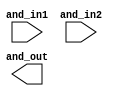
// SPDX-License-Identifier: Apache-2.0
// Copyright (C) 2019 Intel Corporation. 
//****************************************************************************************
// Copyright (C) 2011 Altera Corporation. .
//
//****************************************************************************************

//------------------------------------------------------------------------
// Description: standard and gate
//
//------------------------------------------------------------------------

module altr_hps_and
    (
    input  wire              and_in1,     // and input 1
    input  wire              and_in2,     // and input 2
    output  wire             and_out      // and output
     );

`ifdef ALTR_HPS_INTEL_MACROS_OFF
    assign and_out = and_in1 & and_in2;
`else

`endif

endmodule // altr_hps_and